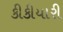
કીકીયારી